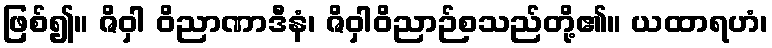
ဖြစ်၍။ ဇိဝှါ ဝိညာဏာဒီနံ၊ ဇိဝှါဝိညာဉ်စသည်တို့၏။ ယထာရဟံ၊